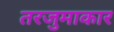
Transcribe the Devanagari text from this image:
तरजुमाकार